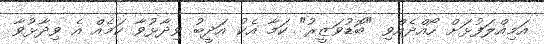
އަމިއްލަފުޅަށް ހޯއްދެއްވި "ބޮޑުވަޒީރު" ކަމާ އެކު އަދީބު ވިދާޅުވާ ކަމެއް އެ ވިދާޅުވާ